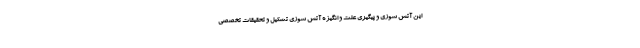
این آتش سوزی و پیگیری علت و انگیزه آتش سوزی تشکیل و تحقیقات تخصصی